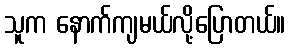
သူက နောက်ကျမယ်လို့ပြောတယ်။